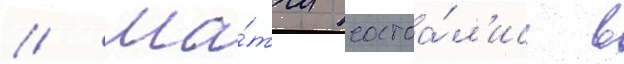
// Ма́тчи состоа́л'ись в